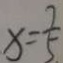
x = \frac { 7 } { 5 }